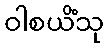
ဝါစယိံသု